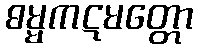
ဓမ္မကဋမတ္တော